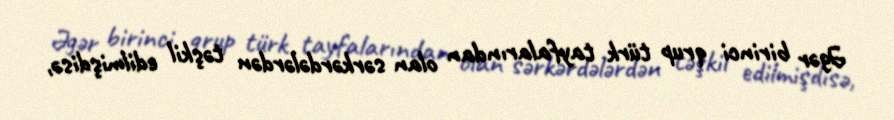
Əgər birinci qrup türk tayfalarından olan sərkərdələrdən təşkil edilmişdisə,